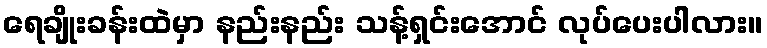
ရေချိုးခန်းထဲမှာ နည်းနည်း သန့်ရှင်းအောင် လုပ်ပေးပါလား။